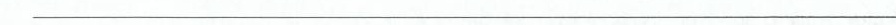
___